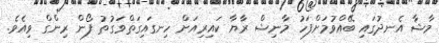
މާޝާ އެނދުގައި ބޭއްވުމަށްފަހު މާނިޝް ރާޔާ ކައިރިއަށް ހިނގައިގަތްވަގުތު ފޯން ރިންގް ވިއެވެ.